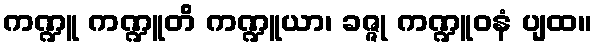
ကဏ္ဍူ ကဏ္ဍူတိ ကဏ္ဍူယာ၊ ခဇ္ဇု ကဏ္ဍူဝနံ ပျထ။